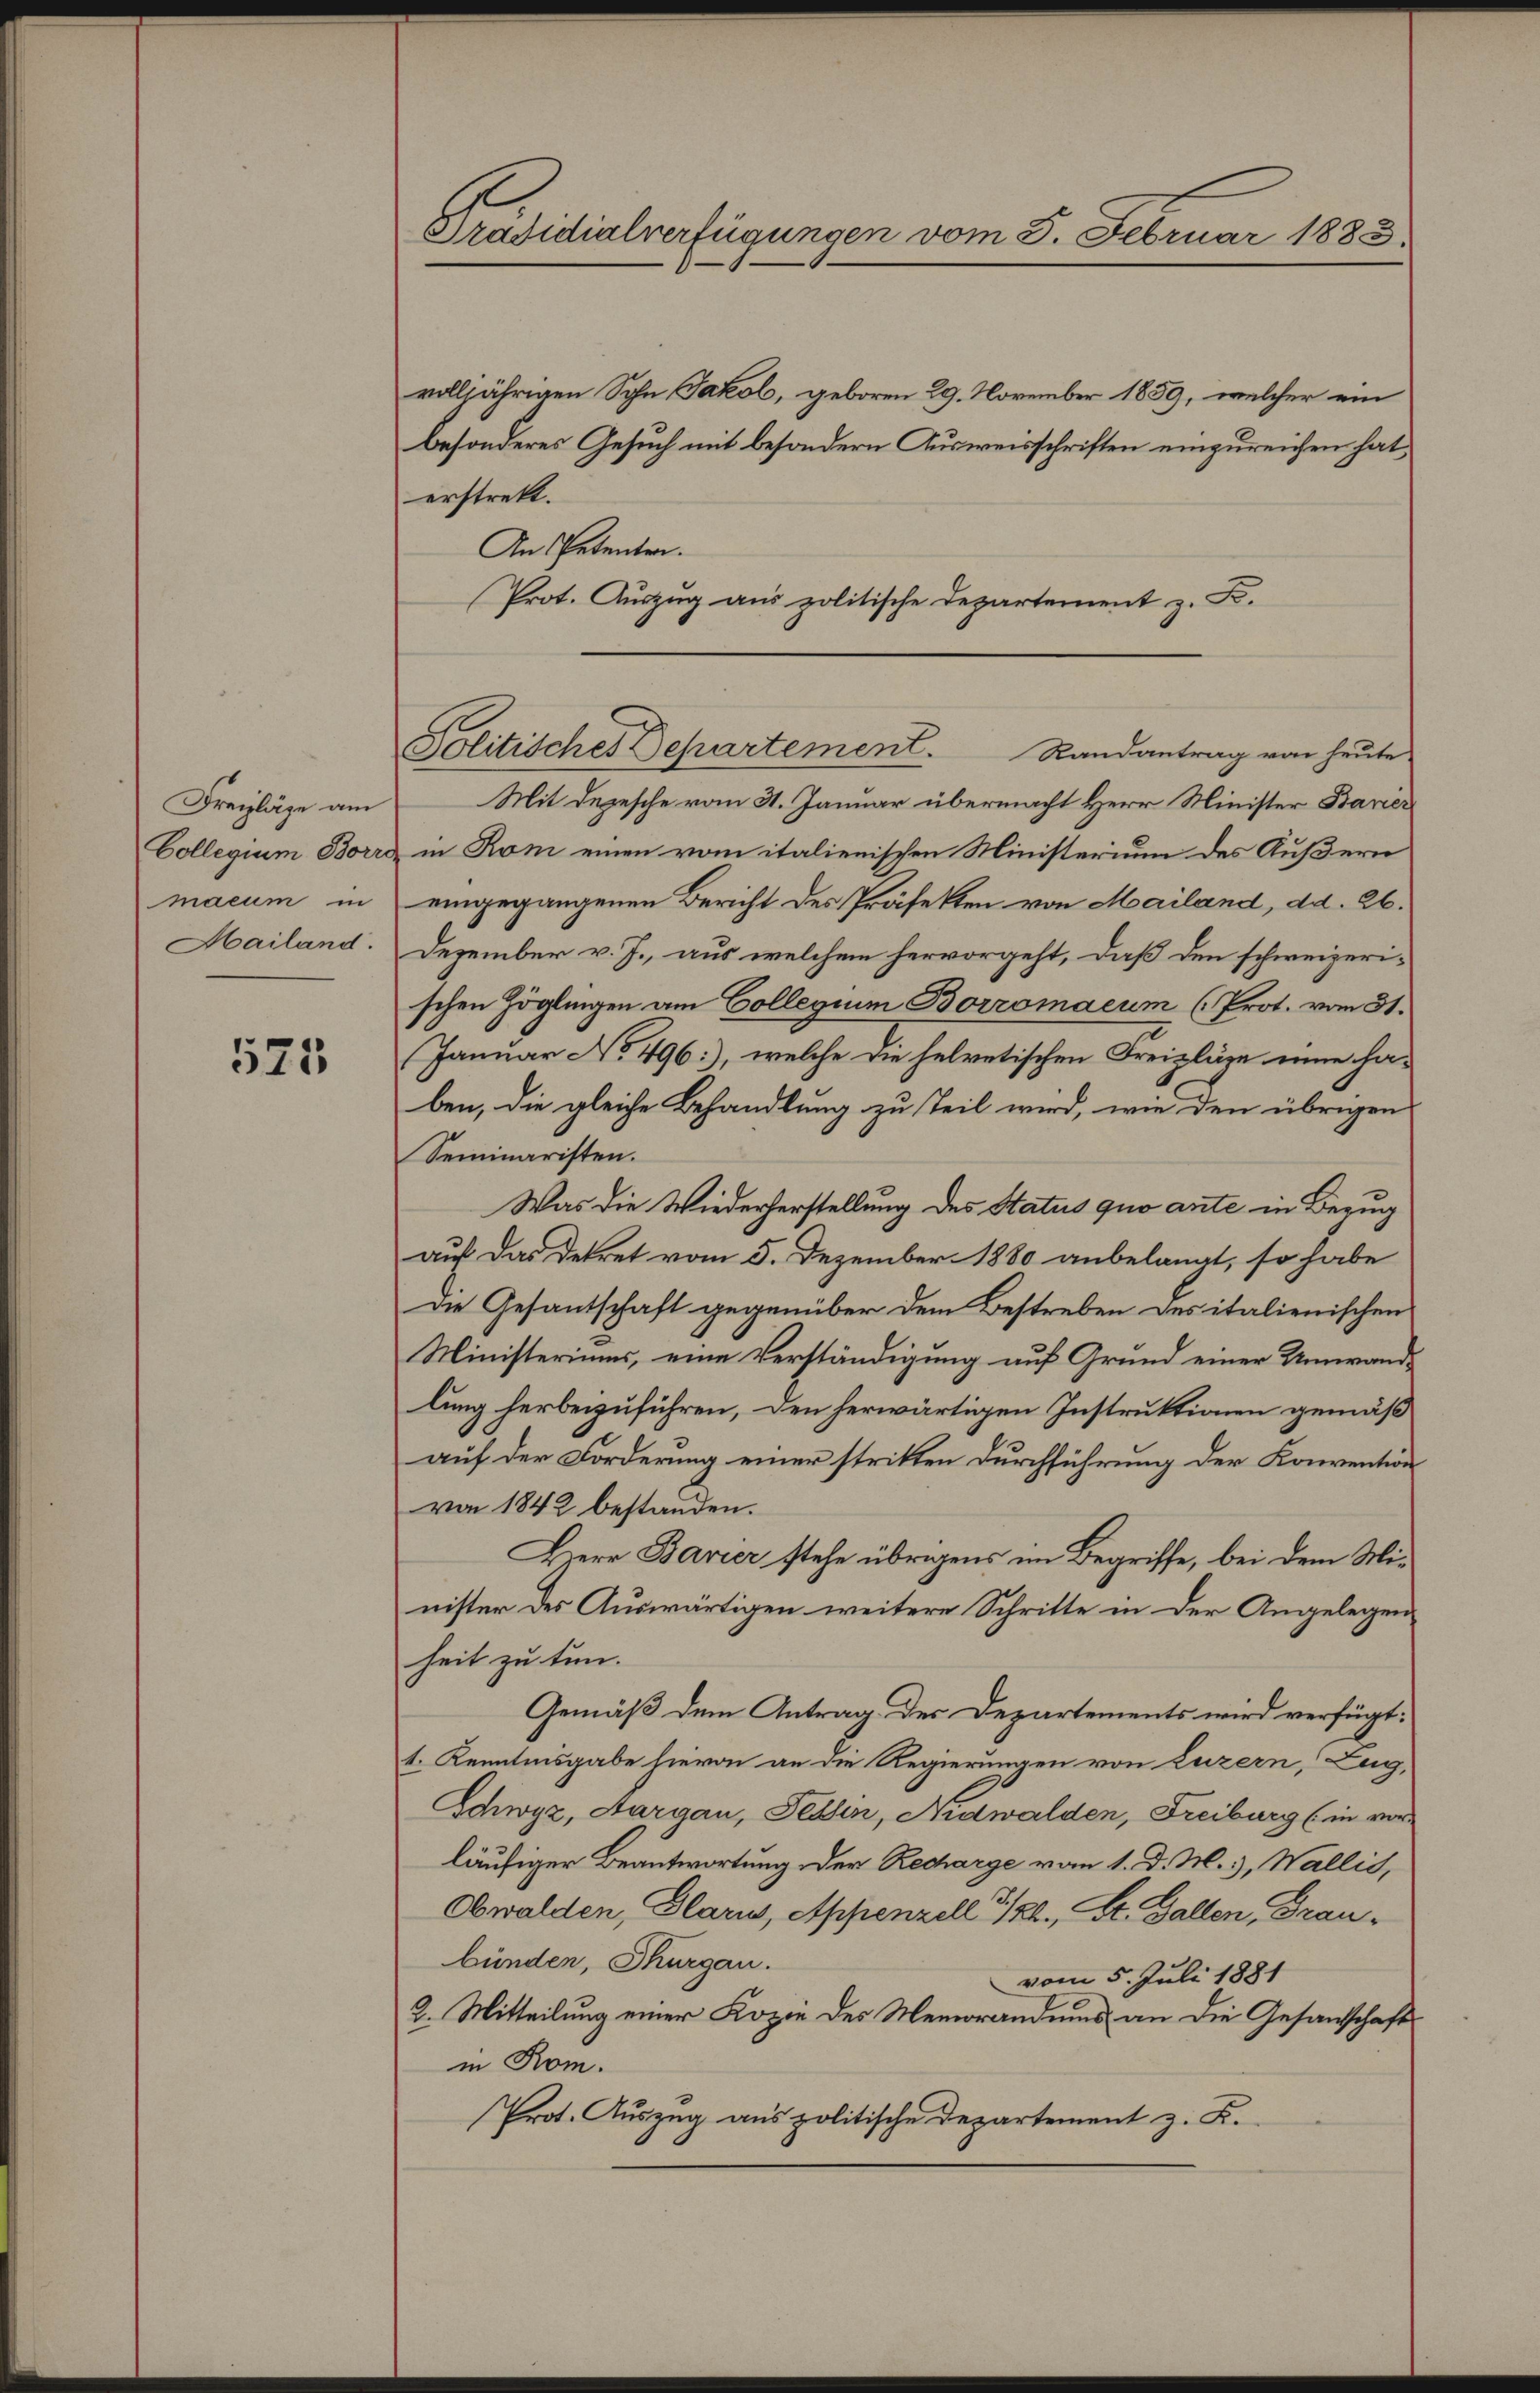
Freizläge am
Collegium Borre
macum in
Mailand.

522

Präsidialverfügungen vom 8. Februar 1883.

volljährigen Sohn Jakob, geboren 29. November 1859, welcher ein
besonderes Gesuch mit besondern Ausweisschriften einzureichen hat,
erstrekt.
An Petenten.
Prot. Auszug aus politische Departement z. B.

Mit Depesche vom 31. Januar übermacht Herr Minister Bauer
in Rom einen vom italienischen Ministerium des Äußern
eingegangenen Bericht des Präfekten von Mailand, dd. 26.
Dezember v. J., aus welchem hervorgeht, daß den schweizerischen Zöglingen am Collegium Borromaeum (Prot. vom 31.
Januar No 496, welche die helvetischen Freizläge eine haben, die gleiche Behandlung zu Teil wird, wie den übrigen
Seminaristen.
Was die Wiederherstellung des Status quo ante in Bezug
auf das Dekret vom 5. Dezember 1880 anbelangt, so habe
Die Gesantschaft gegenüber dem Bestreben des italienischen
Ministeriums, eine Verständigung auf Grund einer Umwand-
lung herbeizuführen, den herwärtigen Instruktionen gemäßauf der Forderung einer stritten Durchführung der Konvention
von 1842 bestanden.
Herr Bavier stehe übrigens im Begriffe, bei dem Minister des Auswärtigen weitere Schritte in der Angelegenheit zu tun.
Gemäß dem Antrag der Departements wird verfügt:
1. Kenntnisgabe hievon an die Regierungen von Luzern, Zug,
Schwyz, Aargau, Tessin, Nidwalden, Freiburg (in vor
läufiger Beantwortung der Recharge vom 1. d. M. 3, Wallis,
Obwalden, Glarus, Appenzell I/Rh., St. Gallen, Graubünden, Thurgau.
vom 5. Juli 1881
2. Mitteilung einer Kopie des Memorandums an die Gesandschafts
in Rom.
Prot. Aŭszŭg ans politische Departement z. B.

Politisches Departement. Randantrag von heute